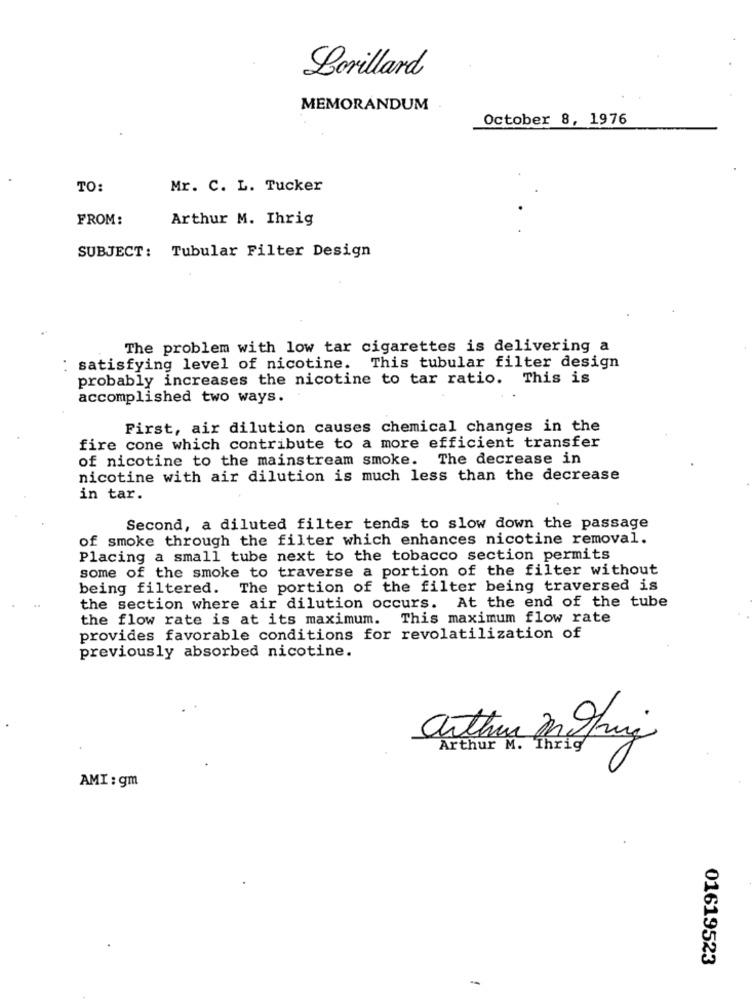
Lorillard
MEMORANDUM
October 8, 1976
TO:
Mr. C. L. Tucker
FROM:
Arthur M. Ihrig
SUBJECT: Tubular Filter Design
The problem with low tar cigarettes is delivering a
satisfying level of nicotine. This tubular filter design
probably increases the nicotine to tar ratio. This is
accomplished two ways.
First, air dilution causes chemical changes in the
fire cone which contribute to a more efficient transfer
of nicotine to the mainstream smoke. The decrease in
nicotine with air dilution is much less than the decrease
in tar.
Second, a diluted filter tends to slow down the passage
of smoke through the filter which enhances nicotine removal.
Placing a small tube next to the tobacco section permits
some of the smoke to traverse a portion of the filter without
being filtered. The portion of the filter being traversed is
the section where air dilution occurs. At the end of the tube
the flow rate is at its maximum. This maximum flow rate
provides favorable conditions for revolatilization of
previously absorbed nicotine.
Arthur M. Thrig
AMI : gm
01619523
-